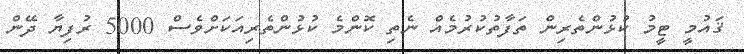
ޤައުމީ ޓީމު ކުޅުންތެރިން ތަފާތުކުރުމެއް ނެތި ކޮންމެ ކުޅުންތެރިއަކަށްވެސް 5000 ރުފިޔާ ދޭން